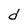
Character: d